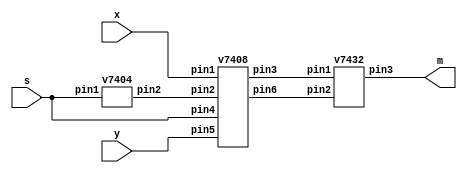
//Multiplexer Module
module mux2to1(x, y, s, m);
	input x, y, s;
	output m;
	wire c0, c1, c2;
	
	//NOT
	v7404 U0(.pin1(s), .pin2(c0));
	//AND
	v7408 U1(.pin1(x), .pin2(c0), .pin3(c1), .pin4(s), .pin5(y), .pin6(c2));
	//OR
	v7432 U2(.pin1(c1), .pin2(c2), .pin3(m));
endmodule

//NOT Module
module v7404 (pin1, pin2, pin3, pin4, pin5, pin6, pin8, pin9, pin10, pin11, pin12, pin13);
	input pin1, pin3, pin5, pin9, pin11, pin13;
	output pin2, pin4, pin6, pin8, pin10, pin12;
	
	assign pin2 = ~pin1;
	assign pin4 = ~pin3;
	assign pin6 = ~pin5;
	assign pin8 = ~pin9;
	assign pin10 = ~pin11;
	assign pin12 = ~pin13;
endmodule

//AND Module
module v7408 (pin1, pin2, pin3, pin4, pin5, pin6, pin8, pin9, pin10, pin11, pin12, pin13);
	input pin1, pin2, pin4, pin5, pin9, pin10, pin12, pin13;
	output pin3, pin6, pin8, pin11;
	
	assign pin3 = pin1 & pin2;
	assign pin6 = pin4 & pin5;
	assign pin8 = pin9 & pin10;
	assign pin11 = pin12 & pin13;
endmodule

//OR Module
module v7432 (pin1, pin2, pin3, pin4, pin5, pin6, pin8, pin9, pin10, pin11, pin12, pin13);
	input pin1, pin2, pin4, pin5, pin9, pin10, pin12, pin13;
	output pin3, pin6, pin8, pin11;
	
	assign pin3 = pin1 | pin2;
	assign pin6 = pin4 | pin5;
	assign pin8 = pin9 | pin10;
	assign pin11 = pin12 | pin13;
endmodule